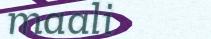
maali